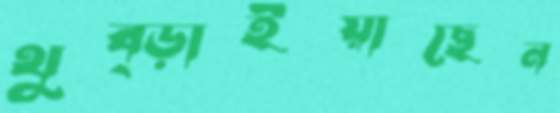
থুব্‌ড়াইয়াছেন